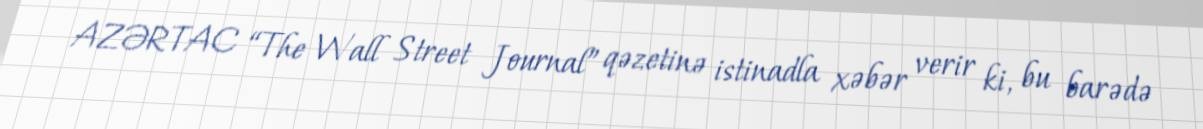
AZƏRTAC “The Wall Street Journal” qəzetinə istinadla xəbər verir ki, bu barədə